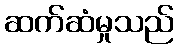
ဆက်ဆံမှုသည်